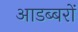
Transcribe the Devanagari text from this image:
आडब्बरों